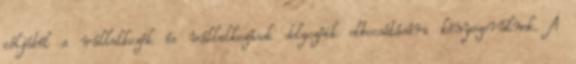
céljából a vállalkozók és vállalkozások dolgozóik elbocsátására kényszerülnek. A